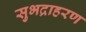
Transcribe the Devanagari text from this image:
सुभद्राहरण